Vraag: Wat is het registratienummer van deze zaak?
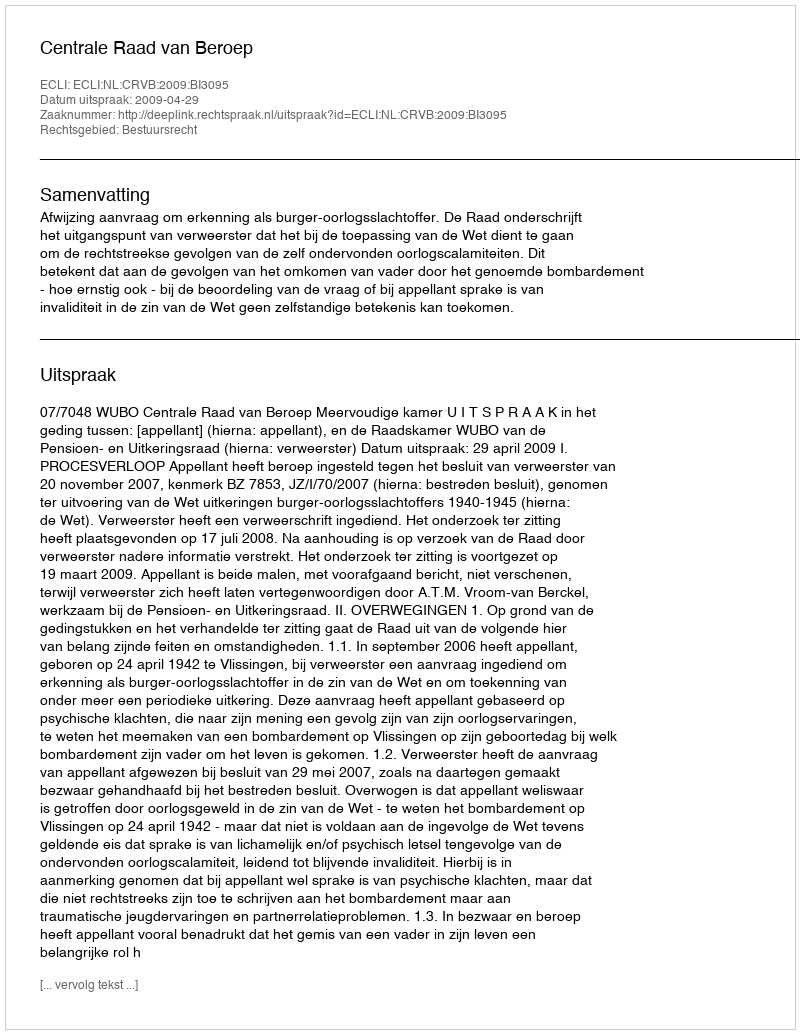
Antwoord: http://deeplink.rechtspraak.nl/uitspraak?id=ECLI:NL:CRVB:2009:BI3095